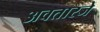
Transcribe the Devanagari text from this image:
अवतारजे